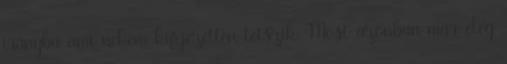
irányba ami nekem kifejezetten tetszik. Most azonban már elég